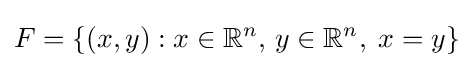
F=\{(x,y):x\in \mathbb {R} ^{n},\,y\in \mathbb {R} ^{n},\;x=y\}